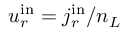
{ u _ { r } ^ { \mathrm { { i n } } } = j _ { r } ^ { \mathrm { { i n } } } / n _ { L } }